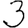
Digit: 3